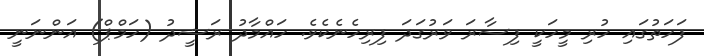
ފަހަތުގައި ހުރި މީހަކީ ފިސާރަ ވަރުގަދަ ފިރިހެނެކެވެ. ހައްމާދު ރަޝީދު (ހަމްޕް) އަންނަނީ